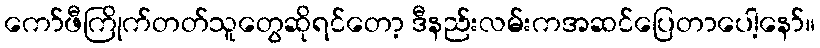
ကော်ဖီကြိုက်တတ်သူတွေဆိုရင်တော့ ဒီနည်းလမ်းကအဆင်ပြေတာပေါ့နော်။